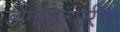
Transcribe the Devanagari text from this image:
डोंगरकपारीत